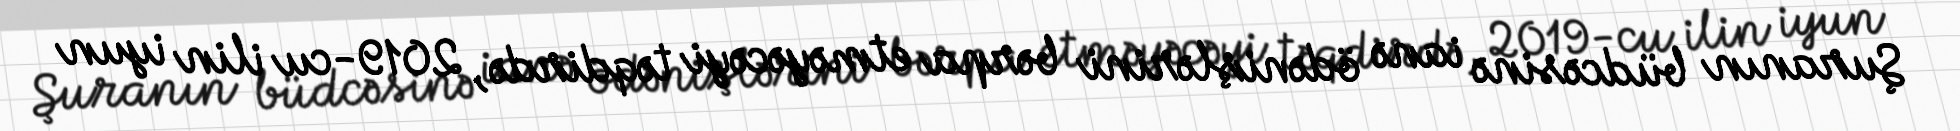
Şuranın büdcəsinə ianə ödənişlərini bərpa etməyəcəyi təqdirdə, 2019-cu ilin iyun